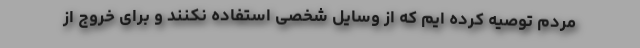
مردم توصیه کرده ایم که از وسایل شخصی استفاده نکنند و برای خروج از